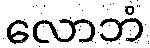
လောဘံ